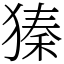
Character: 獉